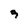
Character: 9